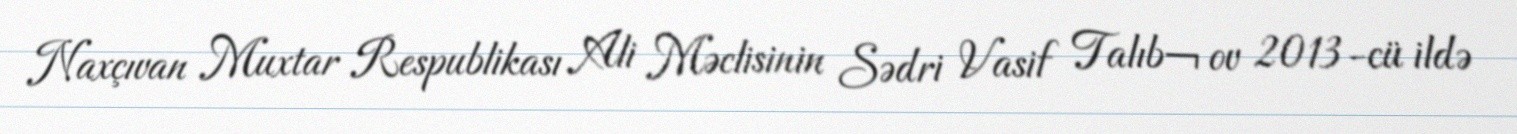
Naxçıvan Muxtar Respublikası Ali Məclisinin Sədri Vasif Talıb¬ov 2013-cü ildə